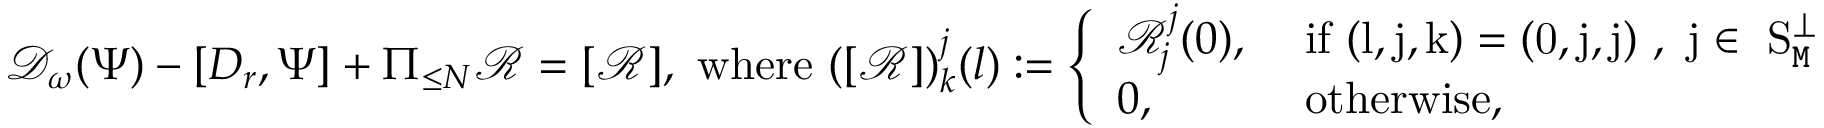
\begin{array} { r } { \mathcal { D } _ { \omega } ( \Psi ) - [ D _ { r } , \Psi ] + \Pi _ { \le N } \mathcal { R } = [ \mathcal { R } ] , \mathrm { ~ w h e r e ~ } ( [ \mathcal { R } ] ) _ { k } ^ { j } ( l ) : = \left\{ \begin{array} { l l } { \mathcal { R } _ { j } ^ { j } ( 0 ) , } & { \mathrm { ~ i f ~ ( l , j , k ) = ( 0 , j , j ) ~ , ~ j \in ~ S _ { \mathtt { M } } ^ \perp ~ } } \\ { 0 , } & { \mathrm { ~ o t h e r w i s e } , } \end{array} \right. } \end{array}